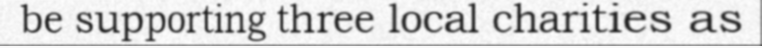
be supporting three local charities as